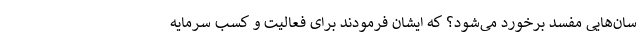
سان‌هایی مفسد برخورد می‌شود؟ که ایشان فرمودند برای فعالیت و کسب سرمایه